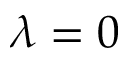
\lambda = 0